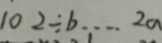
1 0 2 \div b \cdots 2 a